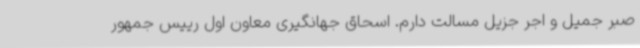
صبر جمیل و اجر جزیل مسالت دارم. اسحاق جهانگیری معاون اول رییس جمهور